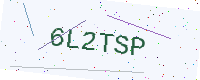
Text: 6L2TSP